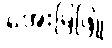
အေးမြဖြူ